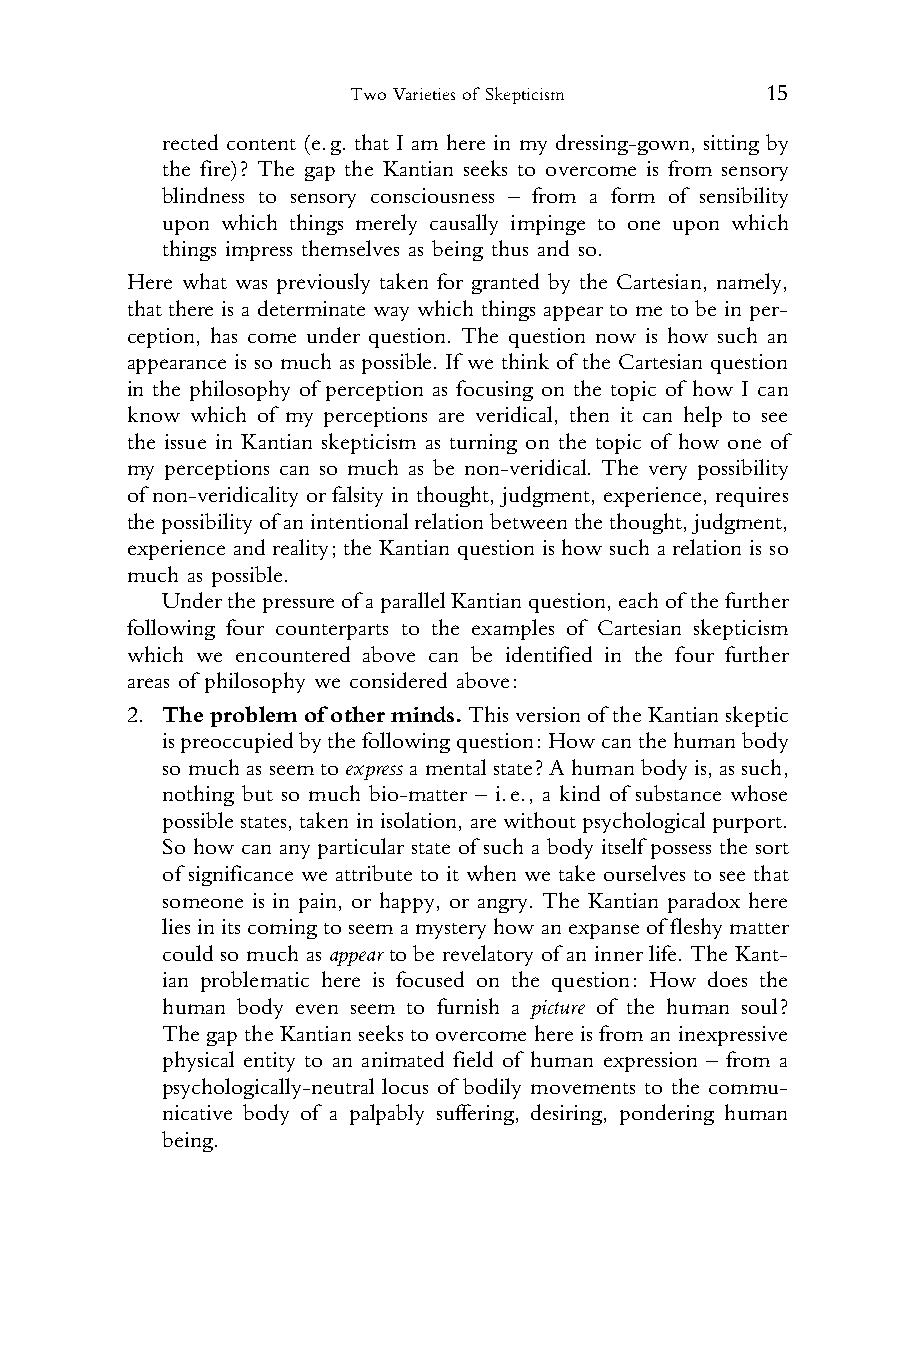
Two Varieties of Skepticism 15
 1    rected content (e.g. that I am here in my dressing-gown, sitting by
 2    the fire)? The gap the Kantian seeks to overcome is from sensory
 3    blindness to sensory consciousness – from a form of sensibility
 4    upon which things merely causally impinge to one upon which
 5    things impress themselves as being thus and so.
 6 Here what was previously taken for granted by the Cartesian, namely,
 7 that there is a determinate way which things appear to me to be in per-
 8 ception, has come under question. The question now is how such an
 9 appearance is so much as possible. If we think of the Cartesian question
 10 in the philosophy of perception as focusing on the topic of how I can
 11 know which of my perceptions are veridical, then it can help to see
 12 the issue in Kantian skepticism as turning on the topic of how one of
 13 my perceptions can so much as be non-veridical. The very possibility
 14 of non-veridicality or falsity in thought, judgment, experience, requires
 15 thepossibilityofanintentionalrelationbetweenthethought,judgment,
 16 experience and reality; the Kantian question is how such a relation is so
 17 much as possible.
 18    UnderthepressureofaparallelKantianquestion,eachof thefurther
 19 following four counterparts to the examples of Cartesian skepticism
 20 which we encountered above can be identified in the four further
 21 areas of philosophy we considered above:
 22
 2. Theproblemofotherminds.Thisversionof theKantianskeptic
 23
 ispreoccupiedbythefollowingquestion:Howcanthehumanbody
 24
 somuchasseemtoexpressamentalstate?Ahumanbodyis,assuch,
 25
 nothing but so much bio-matter – i.e., a kind of substance whose
 26
 possiblestates, taken in isolation, are without psychological purport.
 27
 So how can any particular state of such a body itself possess the sort
 28
 of significance we attribute to it when we take ourselves to see that
 29
 someone is in pain, or happy, or angry. The Kantian paradox here
 30
 liesinitscomingtoseemamysteryhowanexpanseoffleshymatter
 31
 could so much as appear to be revelatory of an inner life. The Kant-
 32
 ian problematic here is focused on the question: How does the
 33
 human body even seem to furnish a picture of the human soul?
 34
 ThegaptheKantianseekstoovercomehereisfromaninexpressive
 35
 physical entity to an animated field of human expression – from a
 36
 psychologically-neutral locus of bodily movements to the commu-
 37
 nicative body of a palpably suffering, desiring, pondering human
 38
 being.
 39
 40